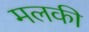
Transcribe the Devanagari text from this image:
मलकी